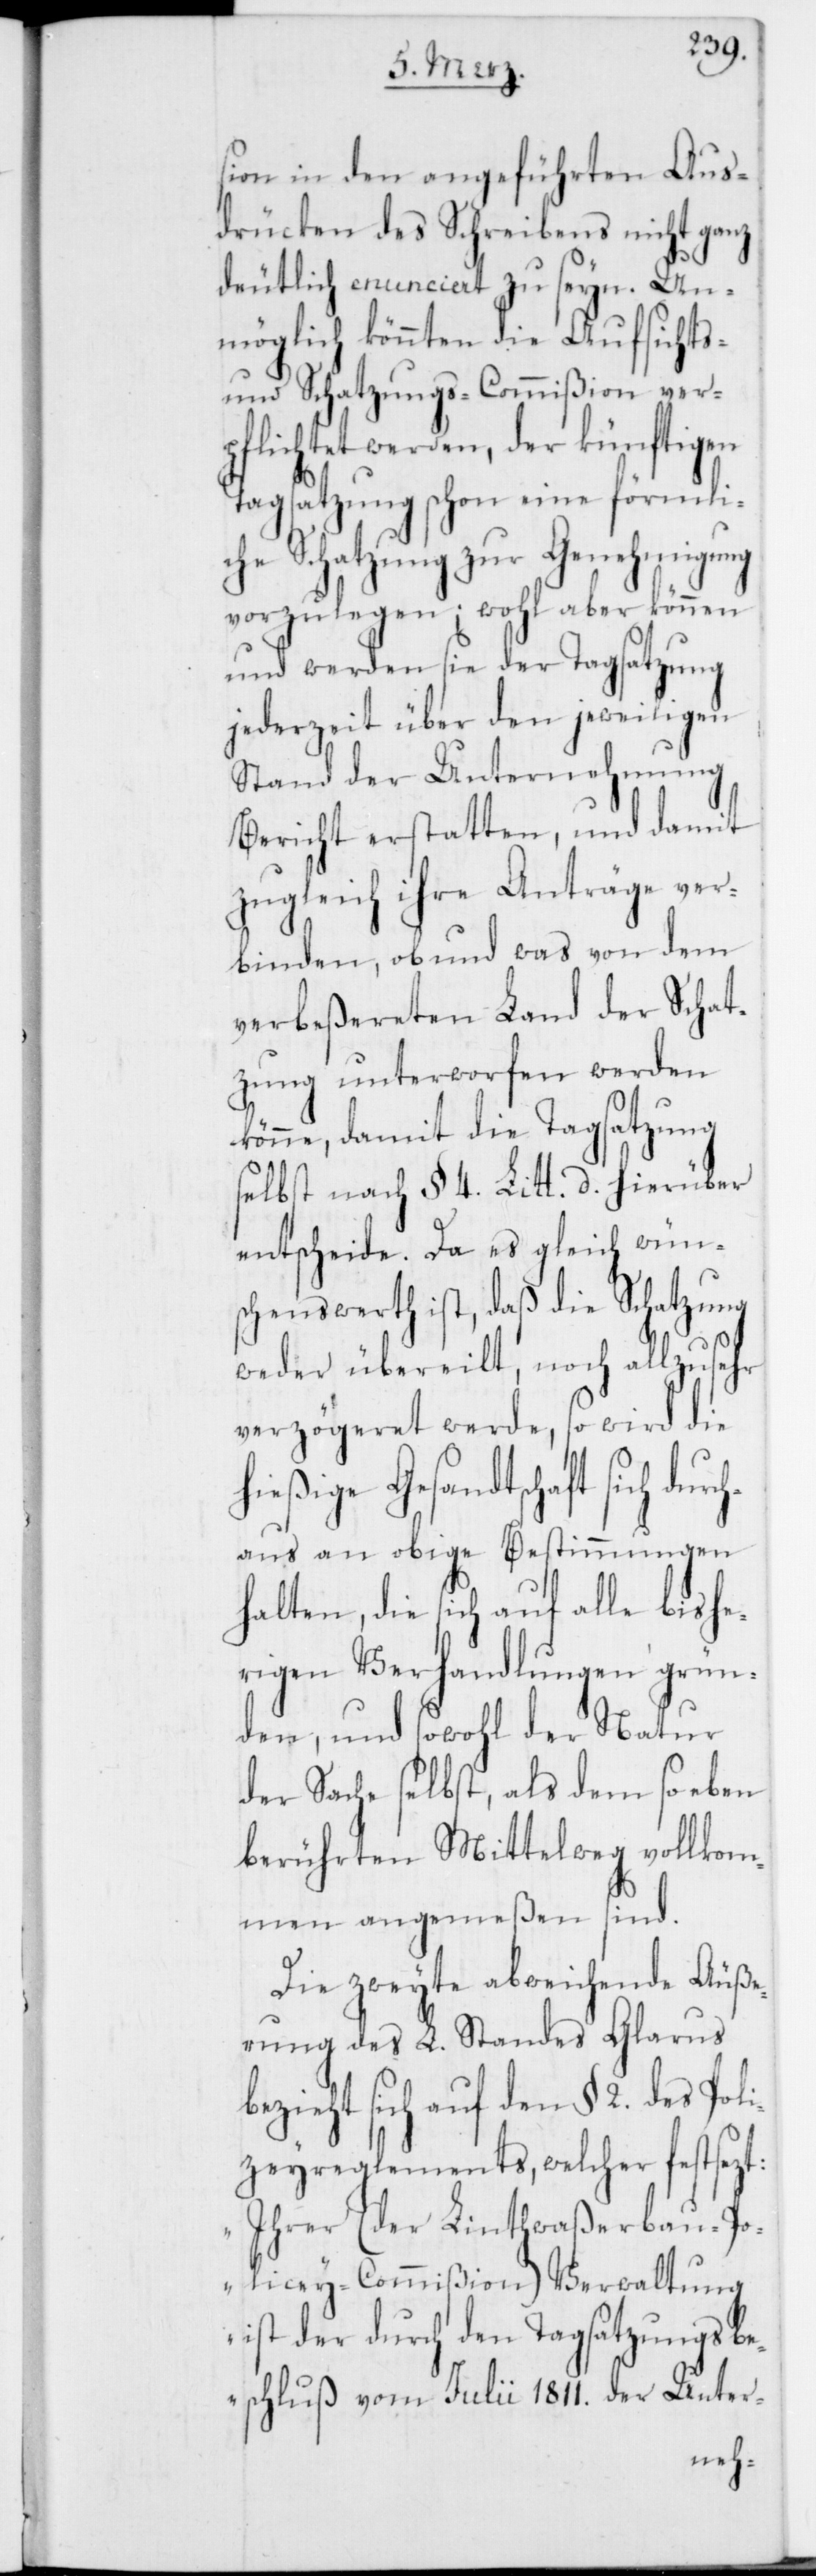
sion in den angeführten Aus¬
drücken des Schreibens nicht ganz
deutlich enunciert zu seyn. Un¬
möglich könnten die Aufsichts-
und Schatzungs-Commißion ver¬
pflichtet werden, der künftigen
Tagsatzung schon eine förmli¬
che Schatzung zur Genehmigung
vorzulegen; wohl aber können
und werden sie der Tagsatzung
jederzeit über den jeweiligen
Stand der Unternehmung
Bericht erstatten, und damit
zugleich ihre Anträge ver¬
binden, ob und was von dem
verbeßereten Land der Schat¬
zung unterworfen werden
könne, damit die Tagsatzung
selbst nach § 4. Litt. d. hierüber
entscheide. Da es gleich wüns¬
chenswerth ist, daß die Schatzung
weder übereilt, noch allzusehr
verzögeret werde, so wird die
hießige Gesandtschaft sich dur¬
chaus an obige Bestimmungen
halten, die sich auf alle bishe¬
rigen Verhandlungen grün¬
den, und sowohl der Natur
der Sache selbst, als dem soeben
berührten Mittelweg vollkom¬
men angemeßen sind.
Die zweyte abweichende Äuße¬
rung des L. Standes Glarus
bezieht sich auf den § 2. des Pol¬
izeyreglements, welcher festsezt:
„Ihrer (der Linthwaßerbau-Po¬
lizey-Commißion) Verwaltung
ist der durch den Tagsatzungsbe¬
schluß vom Julii 1811. der Unter-